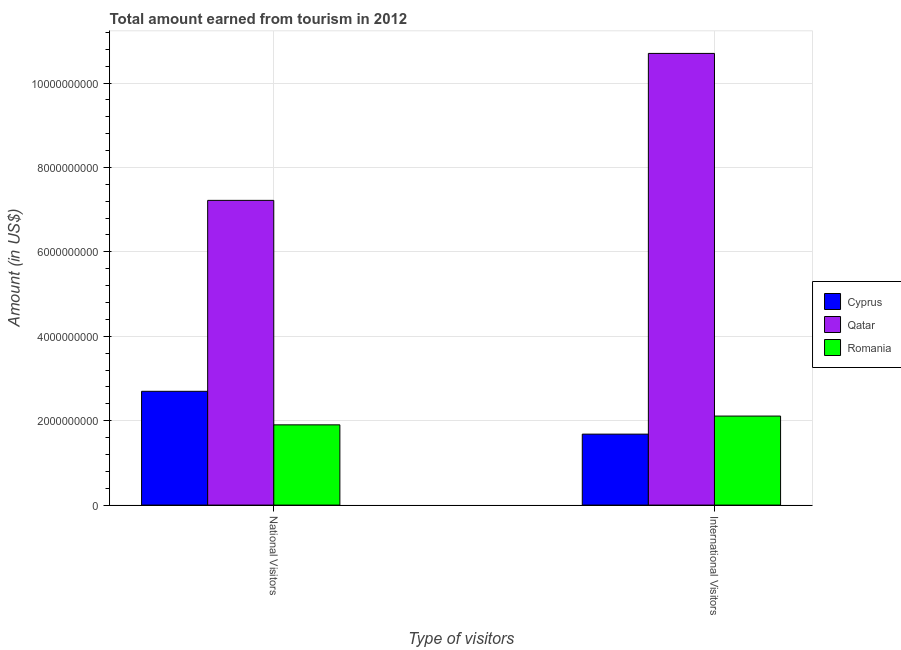
| Type of visitors | Cyprus | Qatar | Romania |
 | --- | --- | --- | --- |
 | National Visitors | 2.7e+09 | 7.22e+09 | 1.9e+09 |
 | International Visitors | 1.68e+09 | 1.07e+10 | 2.11e+09 |